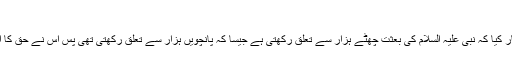
چھوٹا منہ اور بڑی بات)
جس نے اس بات سے انکار کیا کہ نبی علیہ السلام کی بعثت چھٹے ہزار سے تعلق رکھتی ہے جیسا کہ پانچویں ہزار سے تعلق رکھتی تھی پس اُس نے حق کا اور نص قرآن کا انکار کیا۔